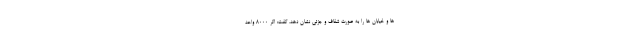
ها و خیابان ها را به صورت شفاف و جزئی نشان دهد، گفت: اگر ۸۰۰۰ واحد